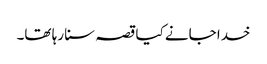
خدا جانے کیا قصہ سنا رہا تھا۔